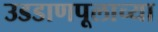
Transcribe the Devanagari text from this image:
उडडाणपूलाच्या